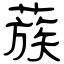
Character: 蔟